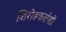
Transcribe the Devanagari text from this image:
शिरोडकरांशी